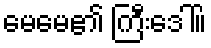
မေမေ၏ ကြီးဒေါ်။